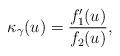
LaTeX: \begin{align*}\kappa _{\gamma }(u)=\frac{f_{1}^{\prime }(u)}{f_{2}(u)}, \end{align*}